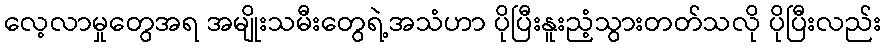
လေ့လာမှုတွေအရ အမျိုးသမီးတွေရဲ့အသံဟာ ပိုပြီးနူးညံ့သွားတတ်သလို ပိုပြီးလည်း